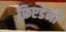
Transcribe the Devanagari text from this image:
फ्रिएडेनौ